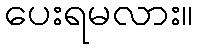
ပေးရမလား။